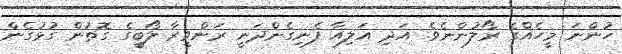
ހުންނަ މީހެއްގެ ރޯލުންނެވެ. އަދި އަލިއާ ފެނިގެންދަނީ ރަންވީރާ ލޯބީގެ ގޮތުން ގުޅުގެން